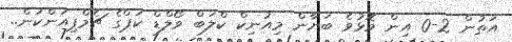
އަތުން 2-0 އިން މޮޅުވެ ބަޔާން މިއުނިކް ކްލަބް ވޯލްޑް ކަޕްގެ ޗެމްޕިއަންކަން..